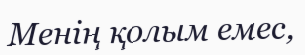
Менiң қолым емес,